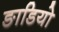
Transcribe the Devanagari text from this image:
ङाडियो